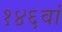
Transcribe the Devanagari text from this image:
१४६वां